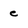
Character: e